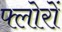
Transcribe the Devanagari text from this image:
फ्लोरों